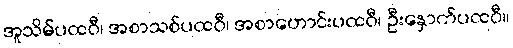
အူသိမ်ပထဝီ၊ အစာသစ်ပထဝီ၊ အစာဟောင်းပထဝီ၊ ဦးနှောက်ပထဝီ။